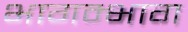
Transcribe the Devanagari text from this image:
भागम्भाग